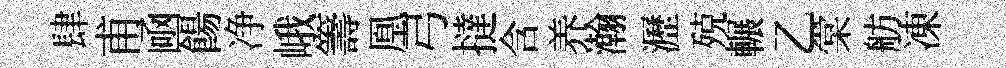
肆甫凾餳净峨籌凰弓撻含养瀚瀝殑輾乙棠舫凍